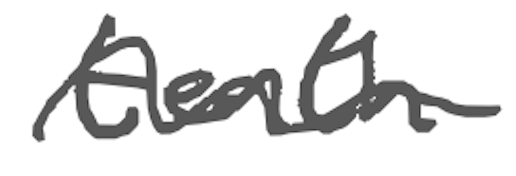
Text: tenth
Cross-out: wave
Writing tool: digital_gray